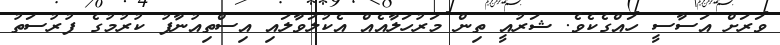
ވަރަށް އަސާސީ ހައްގެކެވެ. ޝަރުއީ ތިން މަރުހަލާއެއް އެކުލަވާލައި އިސްތިއުނާފު ކުރުމުގެ ފުރުސަތު